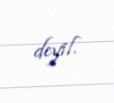
deyil.